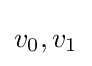
v_{0},v_{1}